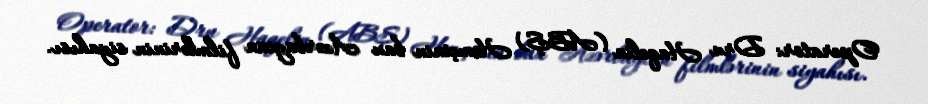
Operator: Dru Haqelin (ABŞ) Həmçinin bax Azərbaycan filmlərinin siyahısı.